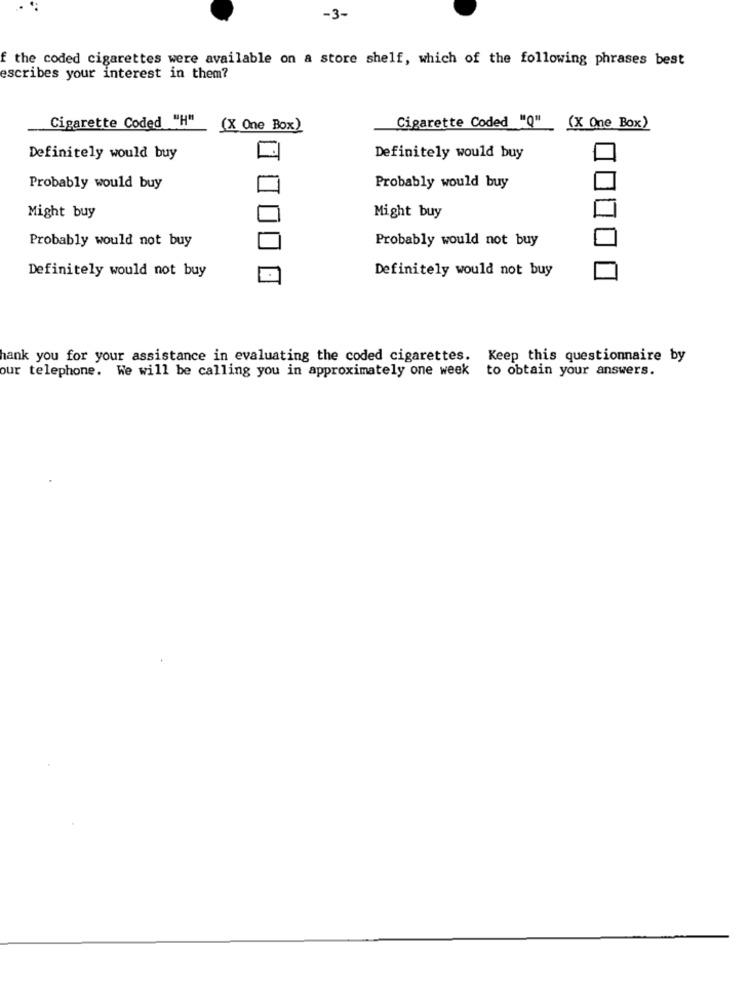
-3-
f the coded cigarettes were available on a store shelf, which of the following phrases best
escribes your interest in them?
Cigarette Coded "H"
(X One Box)
Cigarette Coded "Q" (X One Box)
Definitely would buy
Definitely would buy
Probably would buy
Probably would buy
Might buy
Might buy
Probably would not buy
Probably would not buy
Definitely would not buy
Definitely would not buy
hank you for your assistance in evaluating the coded cigarettes. Keep this questionnaire by
our telephone. We will be calling you in approximately one week to obtain your answers.